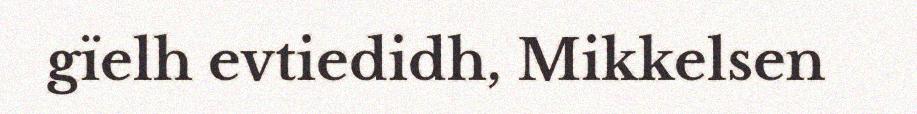
gïelh evtiedidh, Mikkelsen